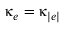
\upkappa _ { e } = \upkappa _ { | e | }